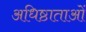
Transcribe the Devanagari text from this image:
अधिष्ठाताओं